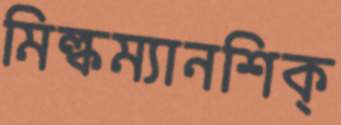
মিল্কম্যানশিক্